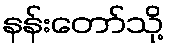
နန်းတော်သို့